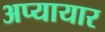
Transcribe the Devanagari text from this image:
अप्यायार